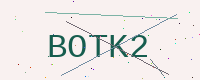
Text: BOTK2